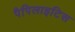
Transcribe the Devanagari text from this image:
पैपिलाइटिस